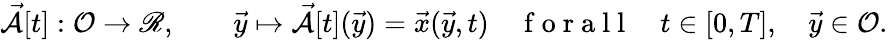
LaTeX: \vec{\mathcal{A}}[t]:\mathcal{O}\to\mathscr{R},\qquad\vec{y}\mapsto\vec{\mathcal{A}}[t](\vec{y})=\vec{x}(\vec{y},t)\quad\mathrm{~f~o~r~a~l~l~}\quad t\in[0,T],\quad\vec{y}\in\mathcal{O}.